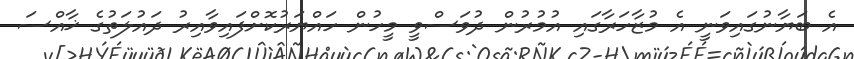
އެ ބަޔާނުގައިވަނީ އެ މުޒާހަރާގައި އުމުރުން ދުވަސްވީ މީހުން ހައްޔަރުކޮށްފައިވާއިރު ދައުލަތުގެ ޚާއްސަ